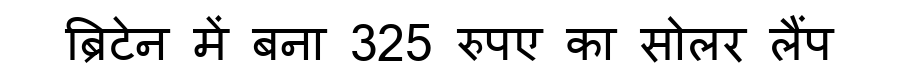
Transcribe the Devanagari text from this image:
ब्रिटेन में बना 325 रुपए का सोलर लैंप